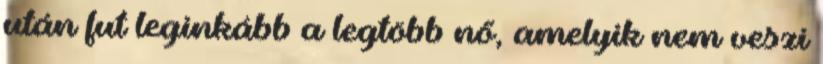
után fut leginkább a legtöbb nő, amelyik nem veszi